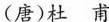
(唐)杜 甫